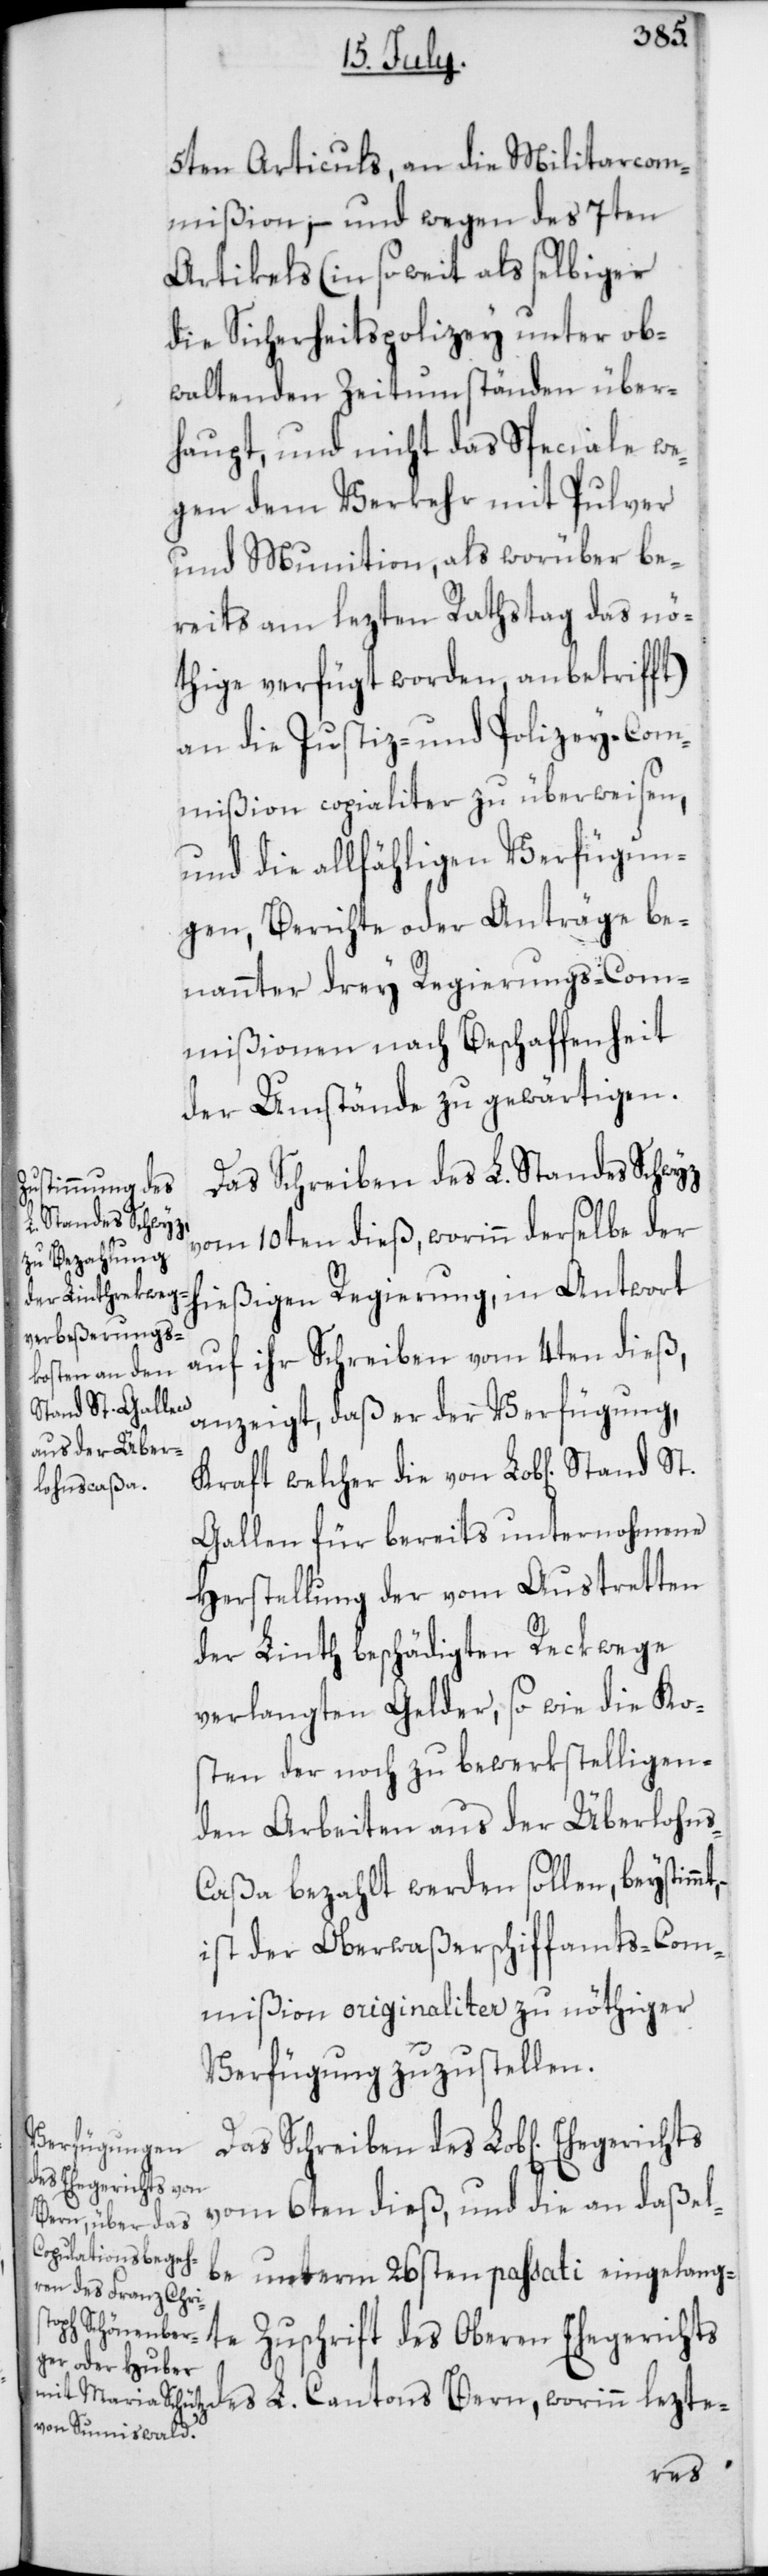
t, –
5ten Articuls, an die Militarcom¬
mißion; – und wegen des 7ten
Artikels (in so weit als selbiger
die Sicherheitspolizey unter ob¬
waltenden Zeitumständen über¬
haupt, und nicht das Speciale we¬
gen dem Verkehr mit Pulver
und Munition, als worüber be¬
reits am lezten Rathstag das Nö¬
tige verfügt worden, anbetrifft)
an die Justiz- und Polizey-Com¬
mißion copialiter zu überweisen,
und die allfähligen Verfügun¬
gen, Berichte oder Anträge be¬
nannter drey Regierungs-Com¬
mißionen nach Beschaffenheit
der Umstände zu gewärtigen.
Das Schreiben des L. Standes Schwyz
vom 10ten dieß, worinn derselbe der
hießigen Regierung, in Antwort
auf ihr Schreiben vom 4ten dieß,
anzeigt, daß er der Verfügung,
Kraft welcher die von Lob[lichem] Stand
Gallen für bereits unternohmene
Herstellung der vom Austretten
der Linth beschädigten Reckwege
verlangten Gelder, so wie die Ko¬
sten der noch zu bewerkstelligen¬
den Arbeiten aus der Überlohn¬
s-Caßa bezahlt werden sollen, beystimm¬
ist der Oberwaßerschiffamts-Com¬
mißion originaliter zu nöthiger
Verfügung zuzustellen.
Das Schreiben des Lob[liche¬
n] Ehegerichts
vom 6ten dieß, und die an daßel¬
be unterm 26sten passati eingelang¬
te Zuschrift des Oberen Ehegerichts
des L. Cantons Bern, worinn lezte-